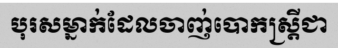
បុរសម្នាក់ដែលចាញ់បោកស្ត្រីជា